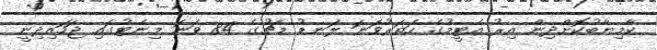
ކާމިޔާބުކޮށްދިން އިރު އެޓީމުގެ ހަތަރުވަނަ ލަނޑު މެޗުގެ 84 ވަނަ މިނެޓުގައި ޖަހައިދިނީ